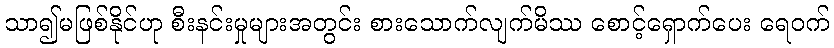
သာ၍မဖြစ်နိုင်ဟု စီးနင်းမှုများအတွင်း စားသောက်လျက်မိဿ စောင့်ရှောက်ပေး ရေဝက်